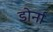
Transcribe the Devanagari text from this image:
डोर्ना